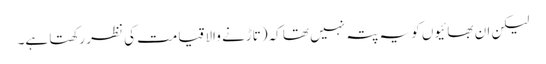
لیکن ان بھائیوں کو یہ پتہ نہیں تھا کہ(تاڑنے والا قیامت کی نظر رکھتا ہے۔